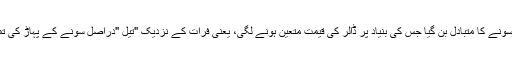
یوں تیل سونے کا متبادل بن گیا جس کی بنیاد پر ڈالر کی قیمت متعین ہونے لگی، یعنی فرات کے نزدیک ''تیل ''دراصل سونے کے پہاڑ کی تمثیل ہے۔